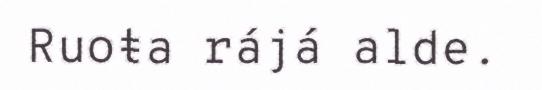
Ruoŧa rájá alde.